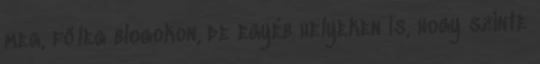
meg, főleg blogokon, de egyéb helyeken is, hogy szinte